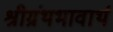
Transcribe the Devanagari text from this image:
श्रीग्रंथभावार्थ